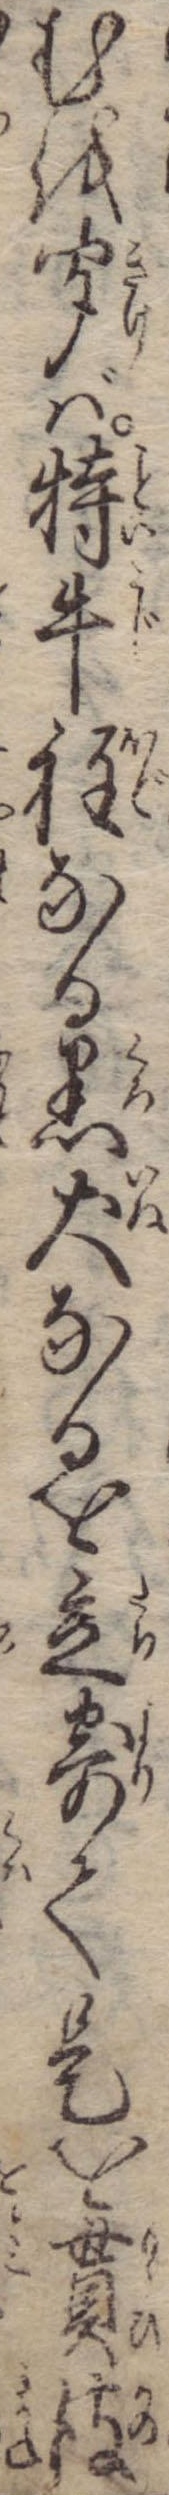
むを聞ば特牛程なる黒犬なるを立寄て是を貰彼